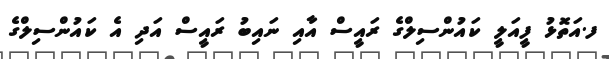
ފ.އަތޮޅު ފީއަލީ ކައުންސިލްގެ ރައީސް އާއި ނައިބު ރައީސް އަދި އެ ކައުންސިލްގެ